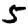
Digit: 5